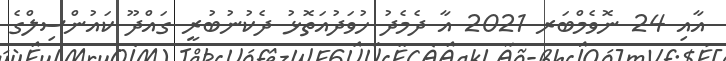
އާއި 24 ނޮވެމްބަރ 2021 އާ ދެމެދު ހުވަދުއަތޮޅު ދެކުނުބުރީ ގައްދޫ ކައުންސިލްގެ